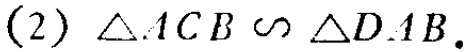
(2) $\triangle ACB\sim\triangle DAB$.